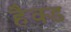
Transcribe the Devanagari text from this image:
हैक्ड